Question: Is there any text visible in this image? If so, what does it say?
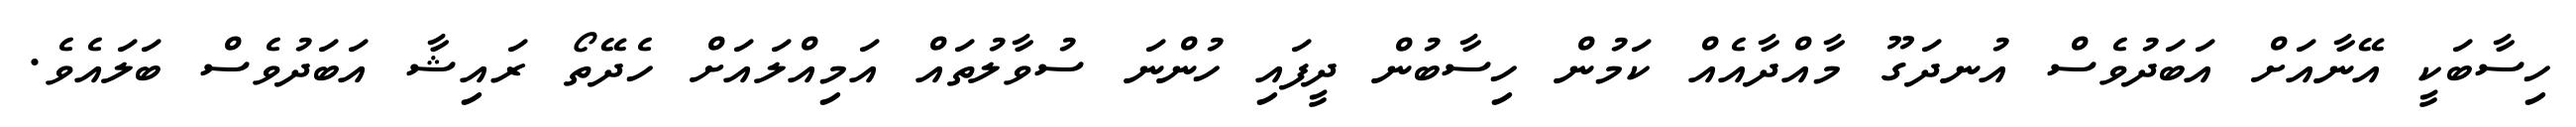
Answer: ހިސާބަކީ އޭނާއަށް އަބަދުވެސް އުނދަގޫ މާއްދާއެއް ކަމުން ހިސާބުން ދީފައި ހުންނަ ސުވާލުތައް އަމިއްލައަށް ހެދޭތޯ ރައިޝާ އަބަދުވެސް ބަލައެވެ.